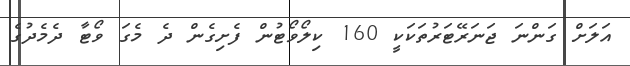
އަލަށް ގަންނަ ޖަނަރޭޓަރުތަކަކީ 160 ކިލޯވޯޓުން ފެށިގެން ދެ މެގަ ވޯޓާ ދެމެދުގެ